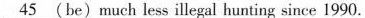
\underline{45}(be) much less illegal hunting since 1990.